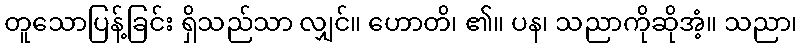
တူသောပြန့်ခြင်း ရှိသည်သာ လျှင်။ ဟောတိ၊ ၏။ ပန၊ သညာကိုဆိုအံ့။ သညာ၊